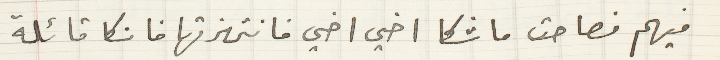
فيهم فصاحت ماشكا اخي اخي فانتهزتها فانكا قائلة